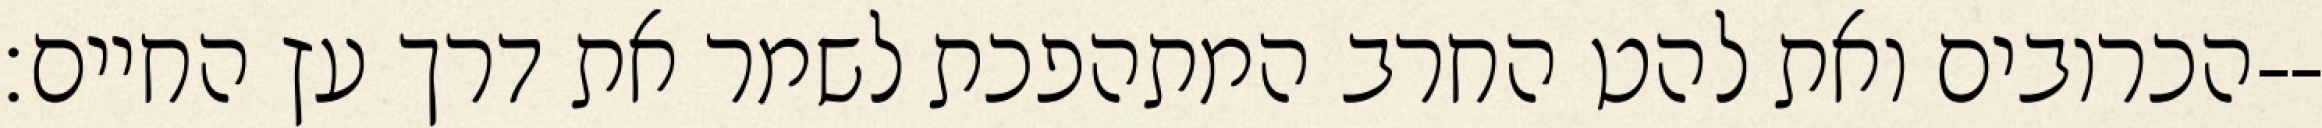
הכרובים ואת להט החרב המתהפכת לשמר את דרך עץ החיים׃--